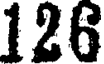
126